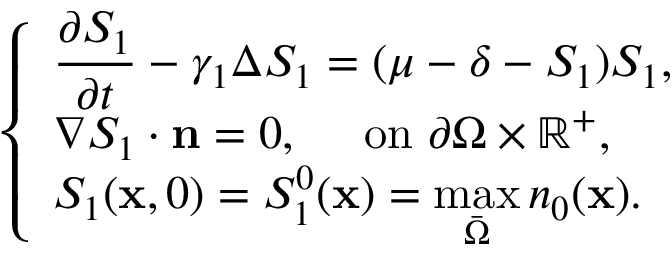
\left\{ \begin{array} { l l } { \displaystyle \frac { \partial S _ { 1 } } { \partial t } - \gamma _ { 1 } \Delta S _ { 1 } = ( \mu - \delta - S _ { 1 } ) S _ { 1 } , } \\ { \nabla S _ { 1 } \cdot \mathbf n = 0 , \quad \mathrm { ~ o n ~ } \partial \Omega \times \mathbb R ^ { + } , } \\ { S _ { 1 } ( \mathbf x , 0 ) = S _ { 1 } ^ { 0 } ( \mathbf x ) = \displaystyle \operatorname* { m a x } _ { \bar { \Omega } } n _ { 0 } ( \mathbf x ) . } \end{array} \right.